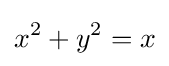
x^{2}+y^{2}=x